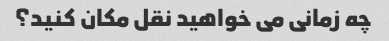
چه زمانی می خواهید نقل مکان کنید؟